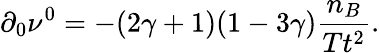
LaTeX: \partial_{0}\nu^{0}=-(2\gamma+1)(1-3\gamma)\frac{n_{B}}{Tt^{2}}.